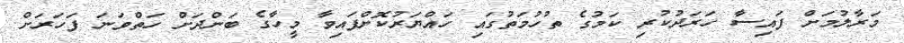
މަރާލުމަށް ފައިސާ ހަރަދުކުރި ކަމުގެ ތުހުމަތުގައި ހައްޔަރުކޮށްފައިވާ މީހާގެ ބަންދަށް ހަތްވަަނަ ފަހަރަށް